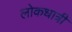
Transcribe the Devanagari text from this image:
लोकधात्री